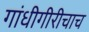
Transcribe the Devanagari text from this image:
गांधीगीरीचाच